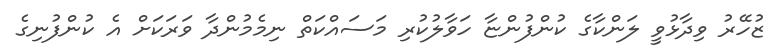
ޒުހޭރު ވިދާޅުވީ ލަންކާގެ ކުންފުންޏާ ހަވާލުކުރި މަސައްކަތް ނިމެމުންދާ ވަރަކަށް އެ ކުންފުނިގެ